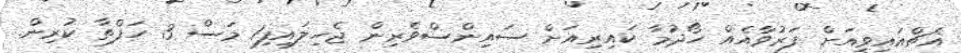
އެޗްއައިވީއަށް ފަރުވާއެއް ހޯދުމާ ކައިރިއަށް ސައިންސްވެރިން ޖެހިލައިފި1 މަސް 3 ހަފްތާ ކުރިން.